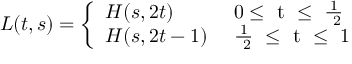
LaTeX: L ( t , s ) = \left\{ \begin{array} { l l } { { H ( s , 2 t ) } } & { { \mathrm { ~ 0 \leq ~ t ~ \leq ~ { \frac { 1 } { ~ 2 } } ~ } } } \\ { { H ( s , 2 t - 1 ) } } & { { \mathrm { ~ { \frac { 1 } { ~ 2 } } ~ \leq ~ t ~ \leq ~ 1 ~ } } } \end{array} \right.